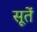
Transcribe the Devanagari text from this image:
सूतें